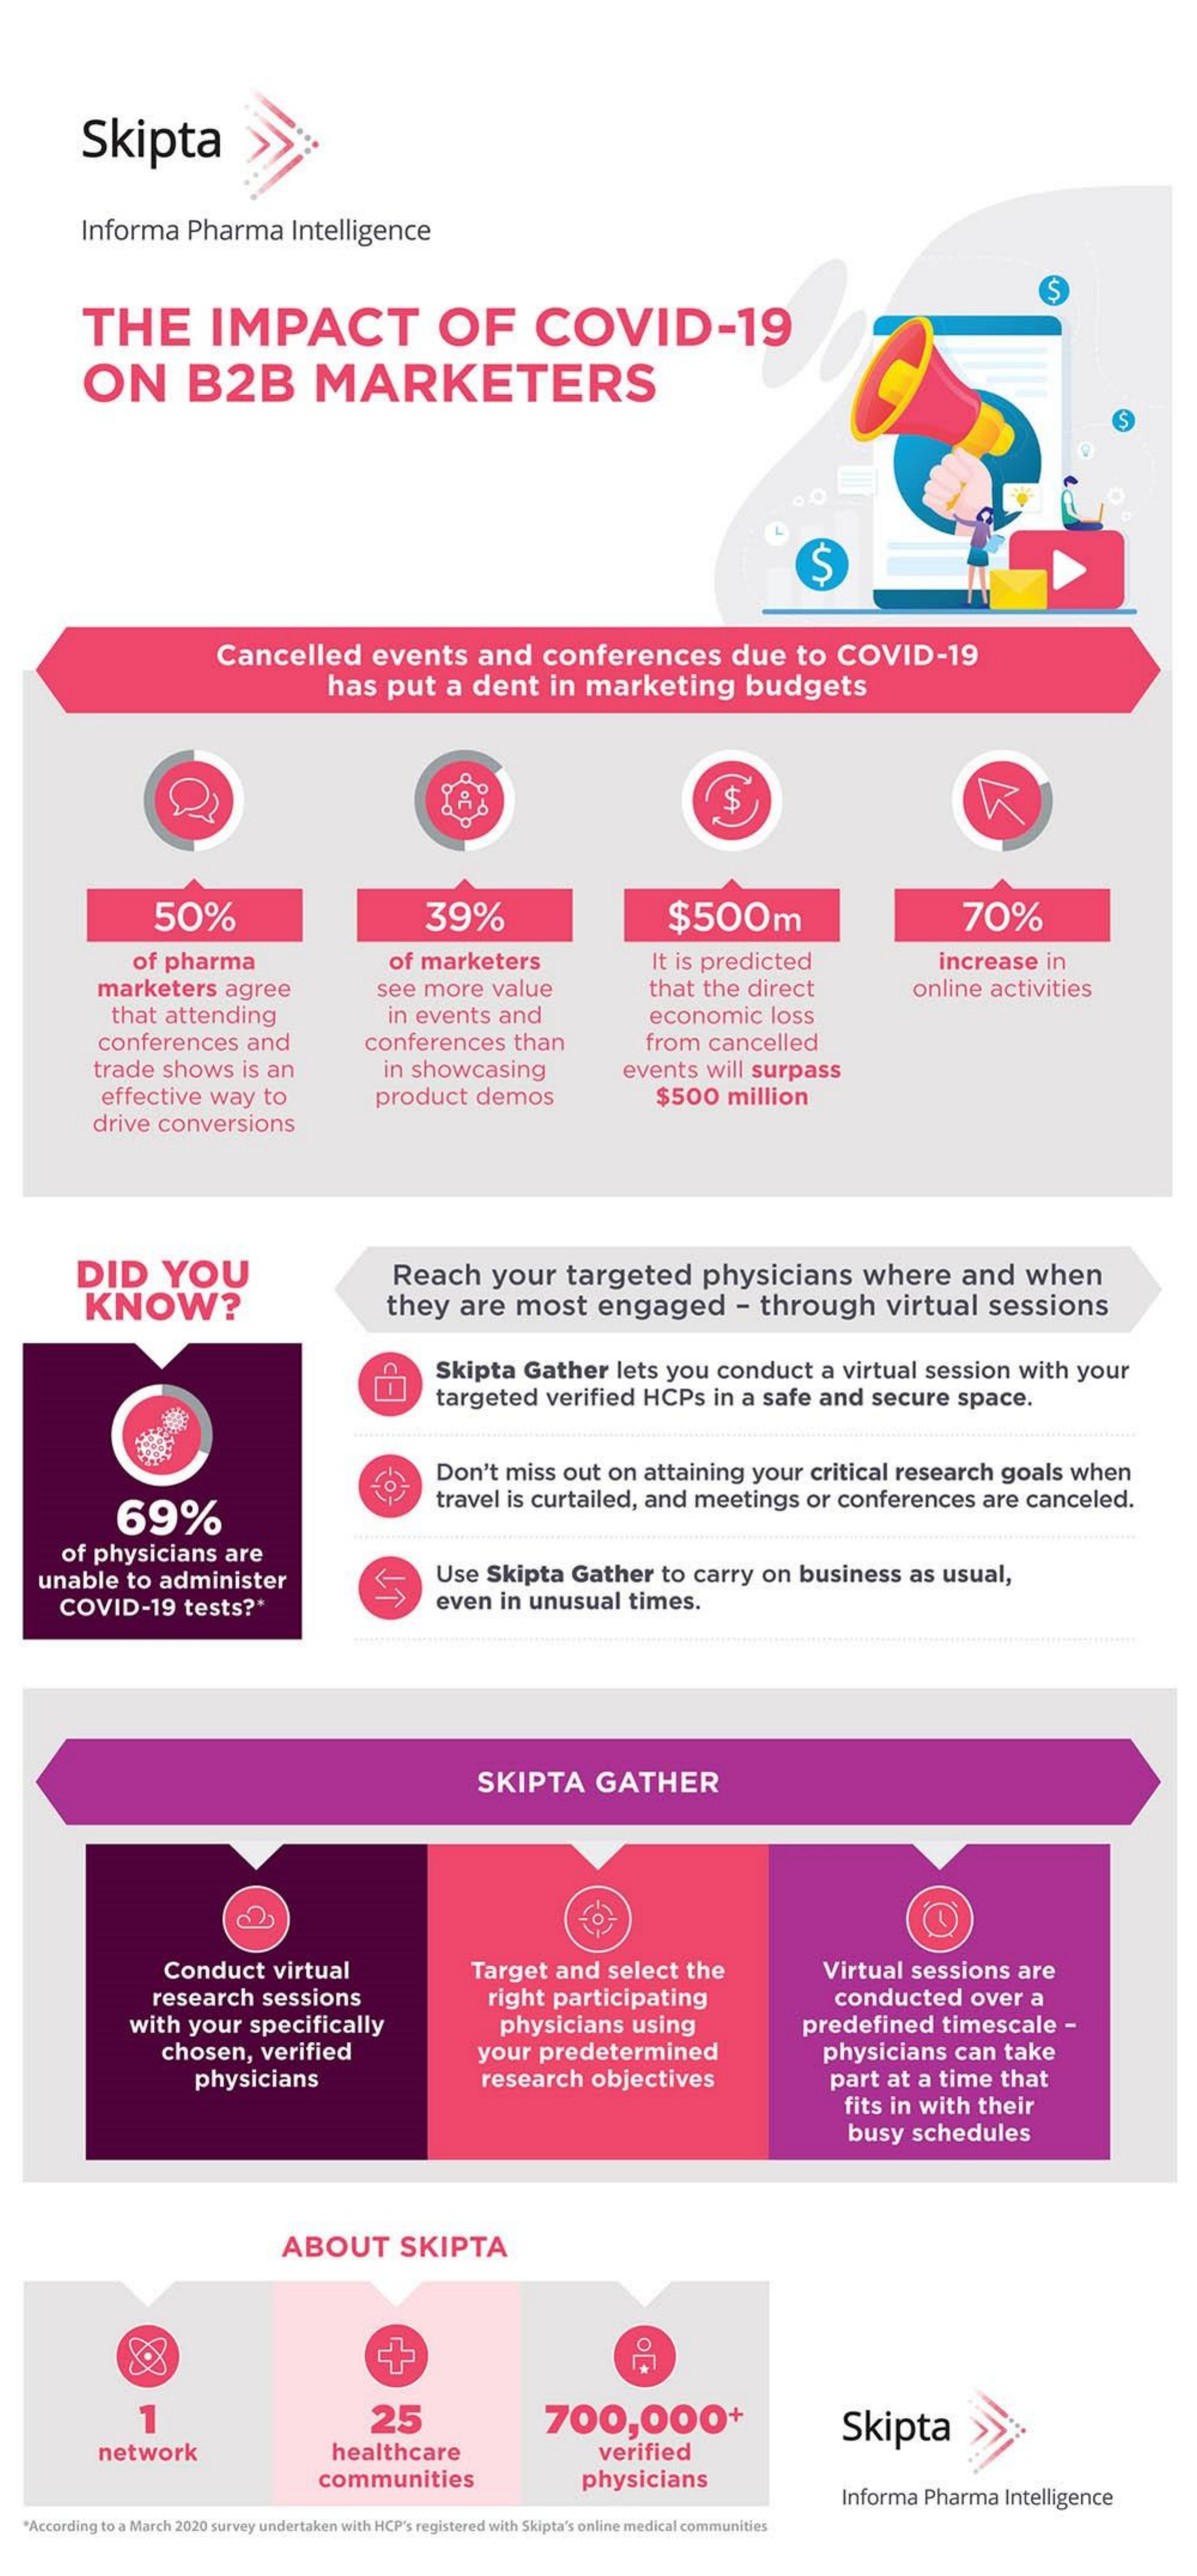
Skipta
     Informa    Pharma    Intelligence
     S
     THE    IMPACT    OF    COVID-19
     ON    B2B    MARKETERS
     S
     Cancelled    events    and    conferences    due    to   COVID-19
     has    put    a  dent    in  marketing    budgets
     $
     50%    39%    $500m    70%
     of pharma    of marketers    It is predicted    increase    in
     marketers    agree    see  more    value    that  the  direct    online   activities
     that  attending    in events    and    economic    loss
     conferences    and    conferences    than    from    cancelled
     trade   shows    is an    in showcasing    events    will surpass
     effective    way    to    product    demos    $500    million
     drive  conversions
     DID    YOU    Reach    your    targeted    physicians    where    and    when
     KNOW?    they    are    most    engaged    -  through    virtual    sessions
     Skipta    Gather    lets  you    conduct    a  virtual   session    with   your
     targeted    verified    HCPs    in  a  safe   and   secure    space.
     Don't    miss   out  on   attaining    your   critical   research    goals    when
     69%
     travel  is curtailed,    and   meetings    or  conferences    are  canceled.
     of  physicians    are
     unable    to  administer    Use   Skipta    Gather    to  carry   on   business    as  usual,
     COVID-19    tests  ?*    even   in unusual    times.
     SKIPTA    GATHER
     O
     Conduct    virtual    Target    and   select    the    Virtual    sessions    are
     research    sessions    right  participating    conducted    over    a
     with   your    specifically    physicians    using    predefined    timescale    -
     chosen,    verified    your    predetermined    physicians    can    take
     physicians    research    objectives    part   at  a time    that
     fits in  with   their
     busy    schedules
     ABOUT    SKIPTA
     1    25    700,000+    Skipta
     network    healthcare    verified
     communities    physicians
     Informa  Pharma    Intelligence
   "According to a March 2020 survey undertaken with HCP's registered with Skipta's online medical communities